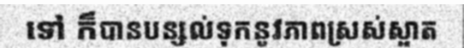
ទៅ ក៏បានបន្សល់ទុកនូវភាពស្រស់ស្អាត